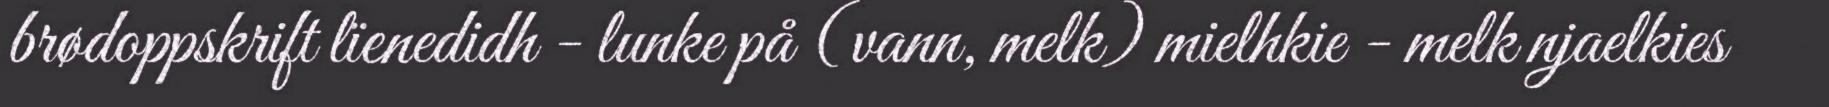
brødoppskrift lïenedidh - lunke på (vann, melk) mielhkie - melk njaelkies